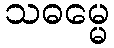
သဓမ္မေ